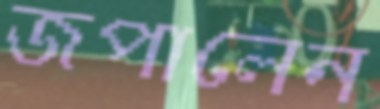
জপালেন